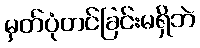
မှတ်ပုံတင်ခြင်းမရှိဘဲ